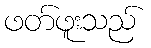
ဖတ်ဖူးသည်